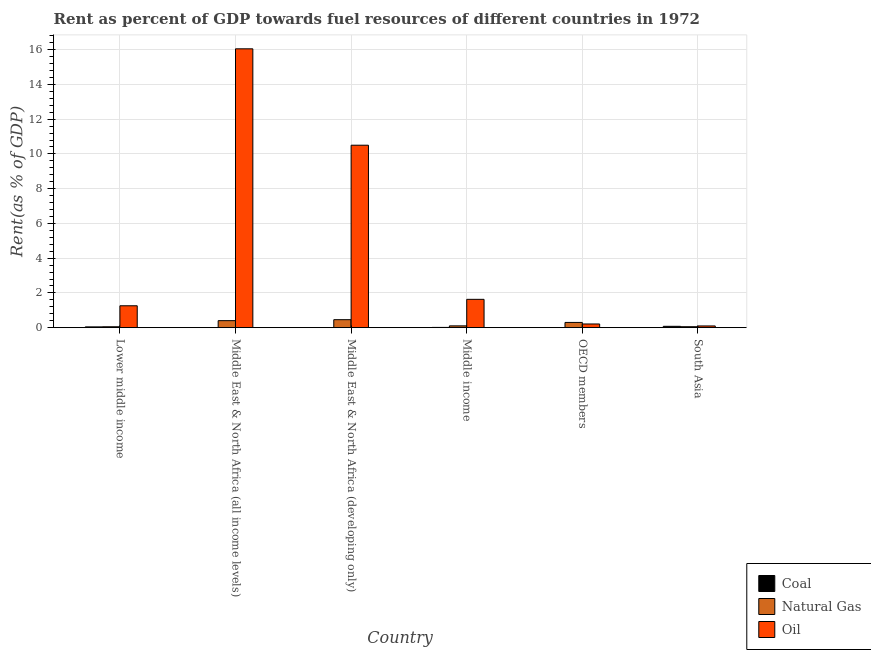
| Country | Coal | Natural Gas | Oil |
 | --- | --- | --- | --- |
 | Lower middle income | 0.0446 | 0.052 | 1.26 |
 | Middle East & North Africa (all income levels) | 0.00102 | 0.403 | 16.1 |
 | Middle East & North Africa (developing only) | 0.0015 | 0.46 | 10.5 |
 | Middle income | 0.0146 | 0.104 | 1.63 |
 | OECD members | 2.28e-06 | 0.301 | 0.212 |
 | South Asia | 0.0769 | 0.055 | 0.0985 |